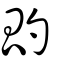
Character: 瓝